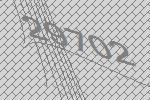
29702